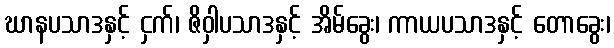
ဃာနပသာဒနှင့် ငှက်၊ ဇိဝှါပသာဒနှင့် အိမ်ခွေး၊ ကာယပသာဒနှင့် တောခွေး၊